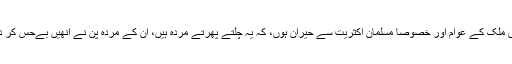
میں اِس ملک کے عوام اور خصوصاً مسلمان اکثریت سے حیران ہوں، کہ یہ چلتے پھرتے مردہ ہیں، اِن کے مردہ پن نے انھیں بےحِس کر دیا ہے۔